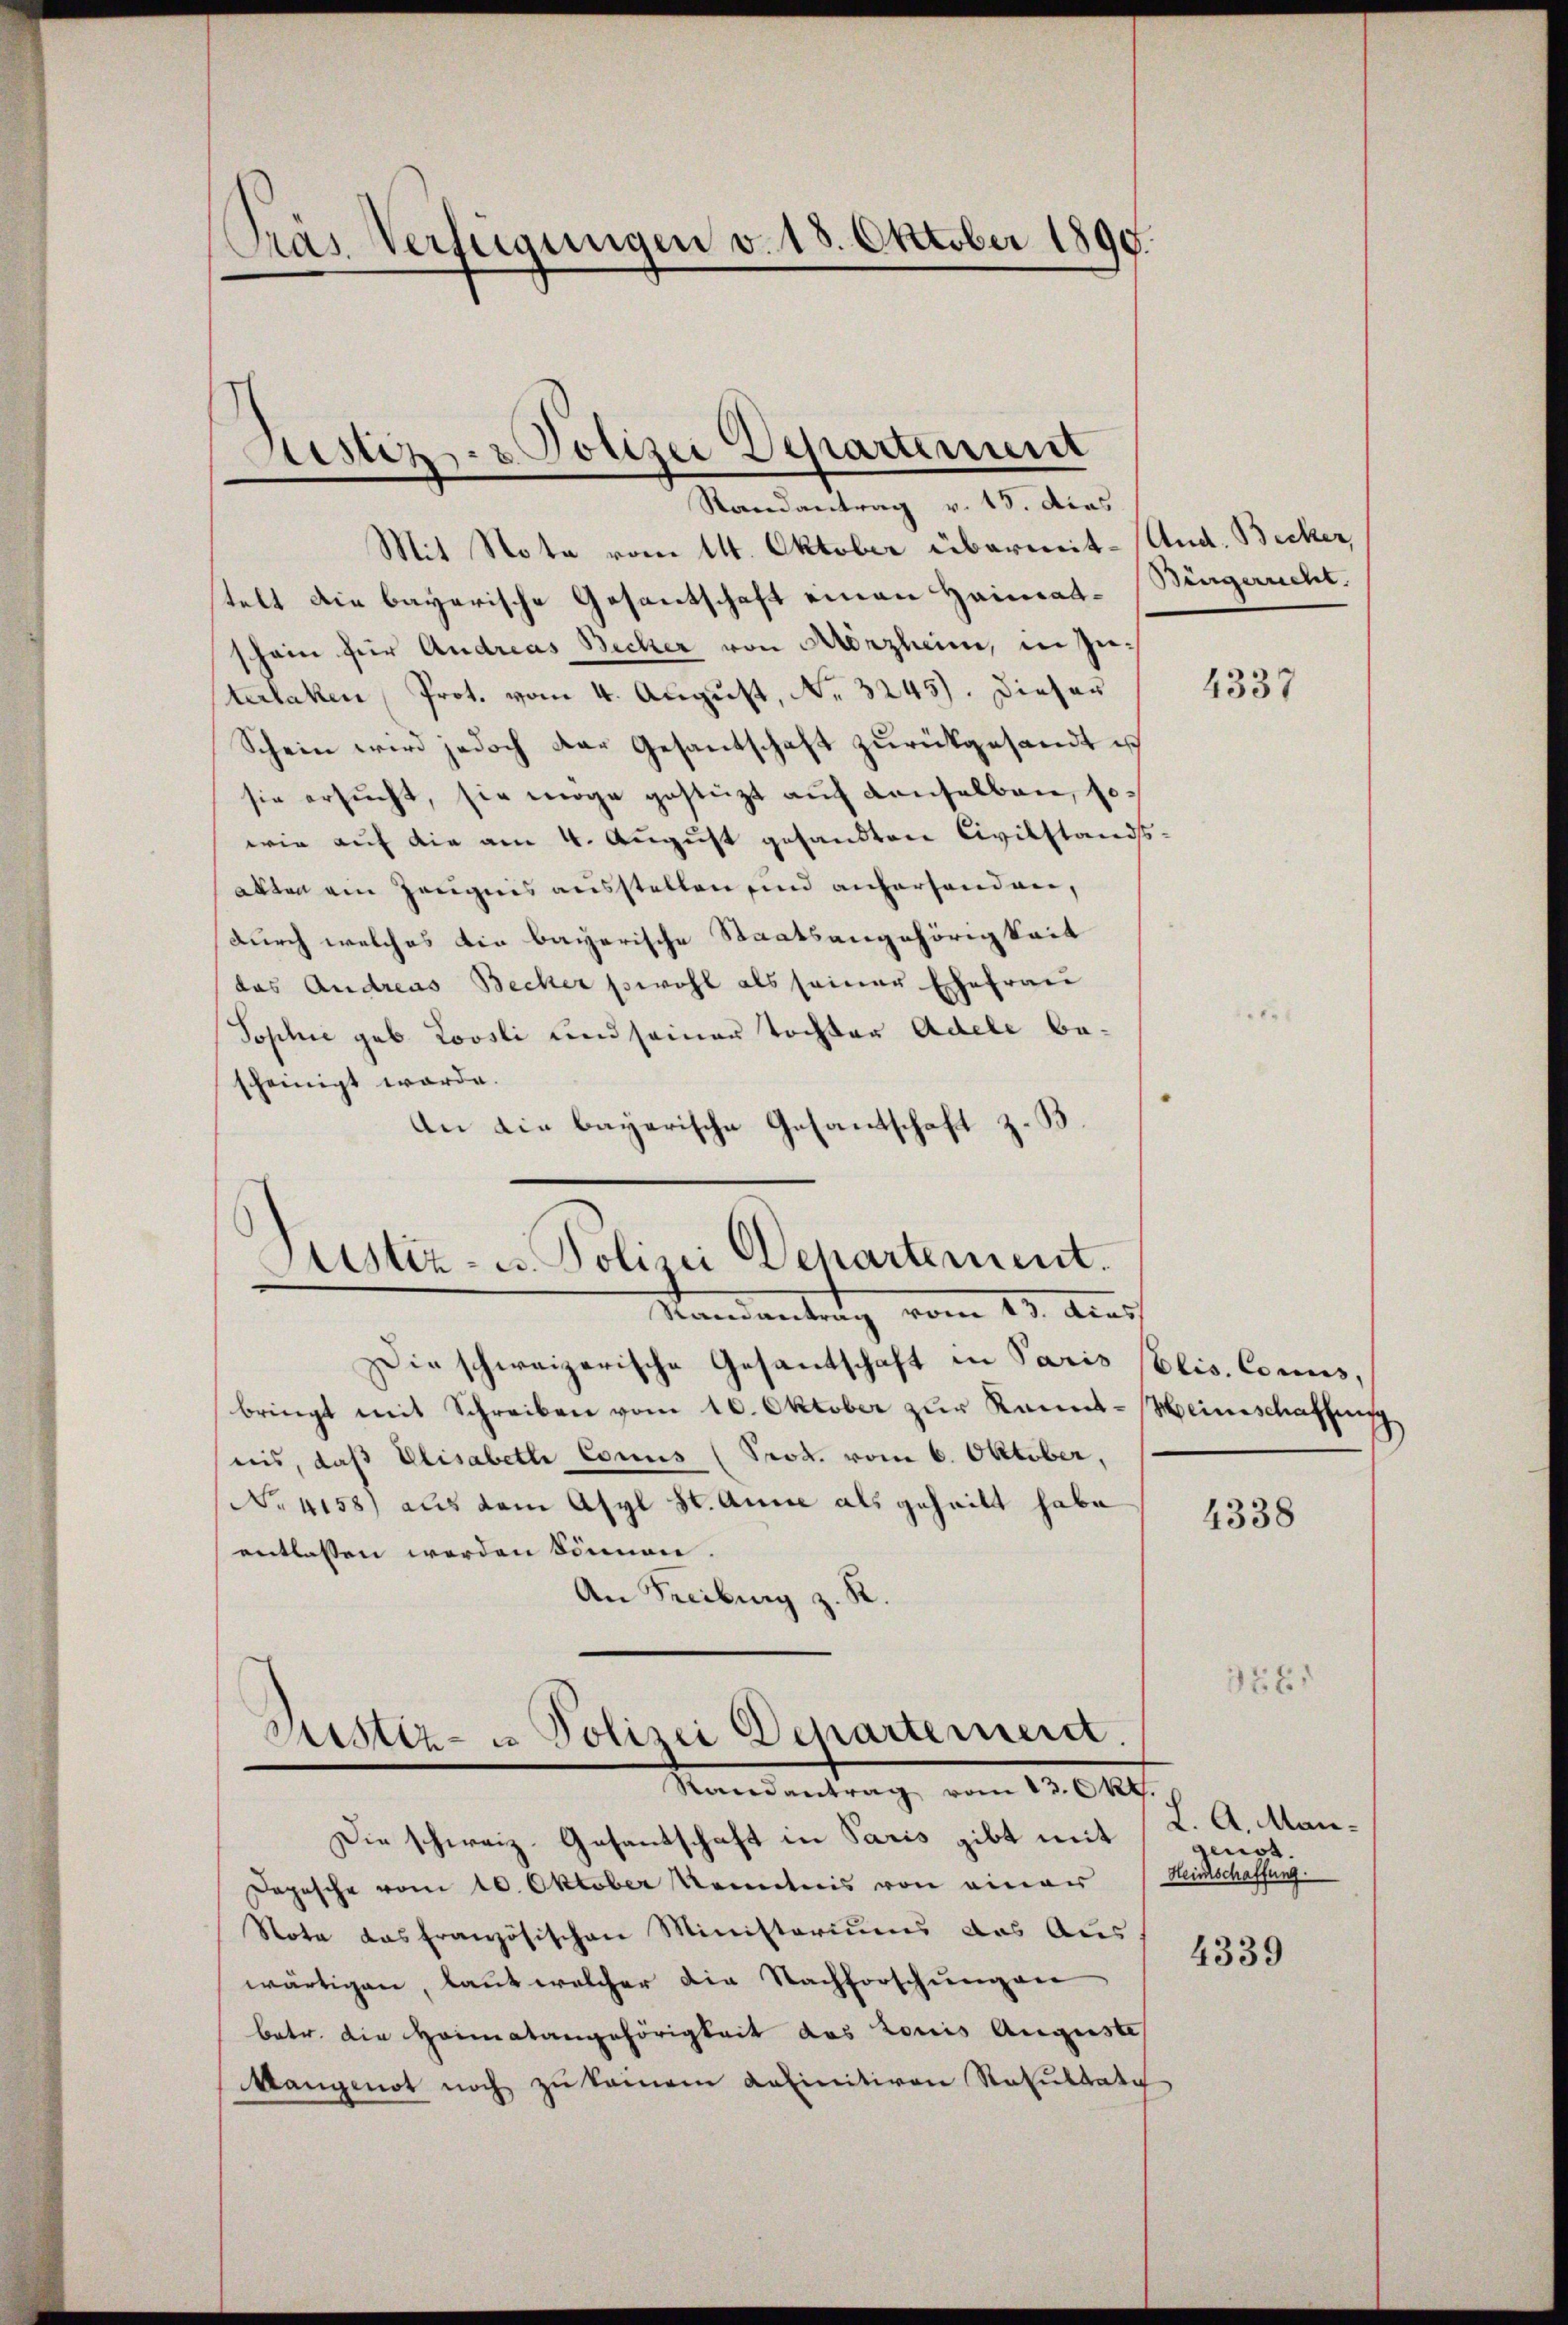
Das Verfügungen v. 18. Oktober 1890.

Restiz- & Polizei Departement

Randantrag v. 15. dies
Mit Note vom 14. Oktober übermit- (And. Bicker,
telt die bayerische Gesantschaft einen Heimatschein für Andreas Becker von Aerzheim, in Zuterlaken Prot. vom 4. August, No 3245). Dieser
Schein wird jedoch der Gesandschaft zurückgesandt ist
sie ersŭcht, sie möge gestützt aŭf denselben, sowie auf die am 4. August gesandten Civilstands-
alten ein Zeugnis ausstellen sind auferhanden,
durch welches die bayerische Staatsangehörigkeit
das Andreas Becker sowohl als seiner Ehefrau
Sophie geb. Loosli und seiner Tochter Adele bescheinigt werde.
An die bayerische Gesantschaft z. B.

Justiz- u. Polizei Departement.
—
Randantrag vom 13. Auss

Sistiz- u Polizei Departement.
Randantrag vom 13. Okt.

Die schweizerische Gesantschaft in Paris Elis. Comis,
bringt mit Schreiben vom 10. Oktober zur Kennt-Weinschaffung
nis, daß Elisabeth Conus (Prod. vom 6. Oktober,
Nrais8) aus dem Asyl St. Anne als geheilt habe
entlassen werden können.
An Freiburg z. R.

Die schweiz. Gesantschaft in Paris gibt mit
Dopische vom 10. Oktober Kemnis von einer Reitschaffung.
Note das französischen Ministoriums das Aus-
wärtigen, laut welcher die Nachforschungen
betr. die Heimatangehörigkeit das Louis Auguste
kangeot noch zu keinem Latinitiven Resultati

Bengerucht.

4337

4338

328

L. A. Mangenot.

4339